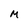
Character: M